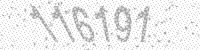
Solution: 116191